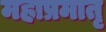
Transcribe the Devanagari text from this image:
महाप्रमातृ